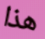
هذا